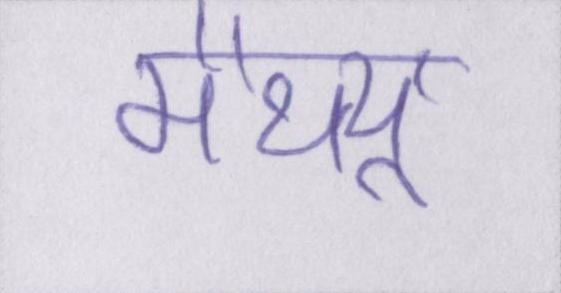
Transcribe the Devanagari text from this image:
मैथ्यू